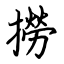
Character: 撈